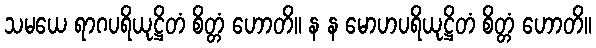
သမယေ ရာဂပရိယုဋ္ဌိတံ စိတ္တံ ဟောတိ။ န န မောဟပရိယုဋ္ဌိတံ စိတ္တံ ဟောတိ။